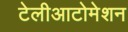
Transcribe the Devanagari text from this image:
टेलीआटोमेशन